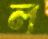
ল